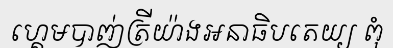
ហ្គេមបាញ់ត្រីយ៉ាងអនាធិបតេយ្យ ពុំ